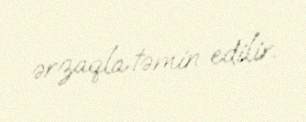
ərzaqla təmin edilir.